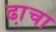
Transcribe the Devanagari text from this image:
ढा़चा